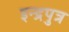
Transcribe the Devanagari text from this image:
इन्द्रपुत्र